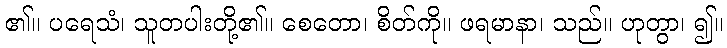
၏။ ပရေသံ၊ သူတပါးတို့၏။ စေတော၊ စိတ်ကို။ ဖရမာနာ၊ သည်။ ဟုတွာ၊ ၍။